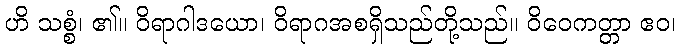
ဟိ သစ္စံ၊ ၏။ ဝိရာဂါဒယော၊ ဝိရာဂအစရှိသည်တို့သည်။ ဝိဝေကတ္တာ ဧဝ၊